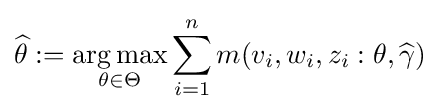
{\widehat {\theta }}:={\underset {\theta \in \Theta }{\operatorname {arg\max } }}\sum _{i=1}^{n}m(v_{i},w_{i},z_{i}:\theta ,{\widehat {\gamma }})